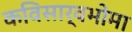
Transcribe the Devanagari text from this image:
कविसार्वभोमा